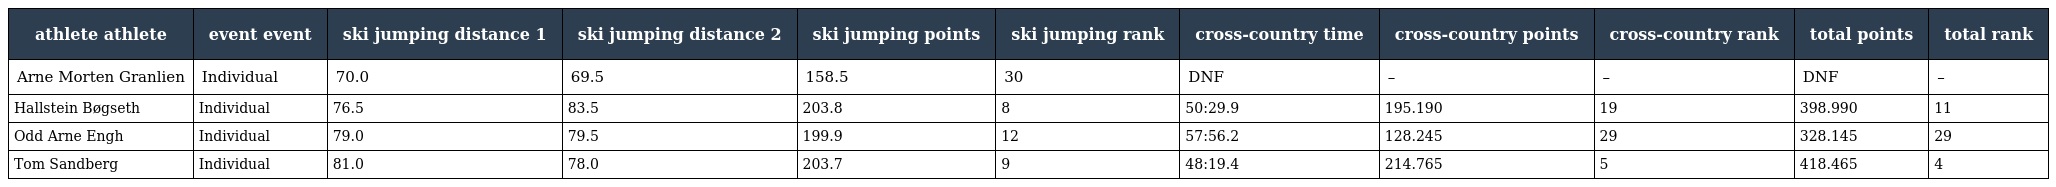
| athlete athlete | event event | ski jumping distance 1 | ski jumping distance 2 | ski jumping points | ski jumping rank | cross-country time | cross-country points | cross-country rank | total points | total rank |
 | --- | --- | --- | --- | --- | --- | --- | --- | --- | --- | --- |
 | Arne Morten Granlien | Individual | 70.0 | 69.5 | 158.5 | 30 | DNF | – | – | DNF | – |
 | Hallstein Bøgseth | Individual | 76.5 | 83.5 | 203.8 | 8 | 50:29.9 | 195.190 | 19 | 398.990 | 11 |
 | Odd Arne Engh | Individual | 79.0 | 79.5 | 199.9 | 12 | 57:56.2 | 128.245 | 29 | 328.145 | 29 |
 | Tom Sandberg | Individual | 81.0 | 78.0 | 203.7 | 9 | 48:19.4 | 214.765 | 5 | 418.465 | 4 |